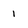
Character: i